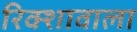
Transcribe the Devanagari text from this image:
रिक्शावाला